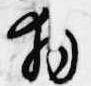
拝